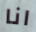
انا